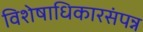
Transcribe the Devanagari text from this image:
विशेषाधिकारसंपन्न